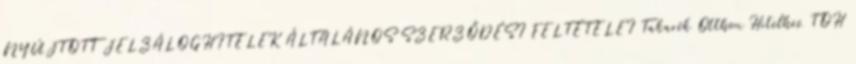
NYÚJTOTT JELZÁLOGHITELEK ÁLTALÁNOS SZERZŐDÉSI FELTÉTELEI Takarék Otthon Hitelhez TOH